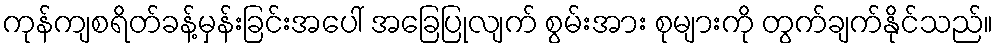
ကုန်ကျစရိတ်ခန့်မှန်းခြင်းအပေါ် အခြေပြုလျက် စွမ်းအား စုများကို တွက်ချက်နိုင်သည်။